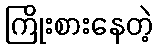
ကြိုးစားနေတဲ့